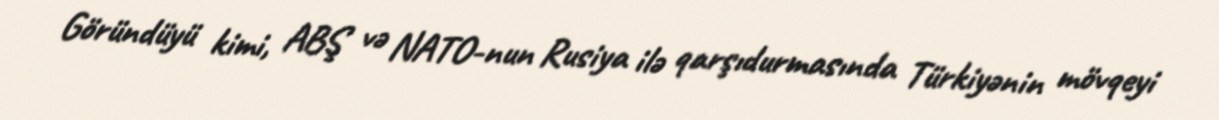
Göründüyü kimi, ABŞ və NATO-nun Rusiya ilə qarşıdurmasında Türkiyənin mövqeyi